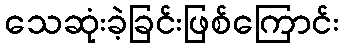
သေဆုံးခဲ့ခြင်းဖြစ်ကြောင်း